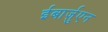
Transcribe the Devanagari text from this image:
ईबार्ज़ुएन